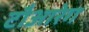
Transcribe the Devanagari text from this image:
टौआरेग